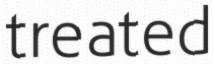
treated